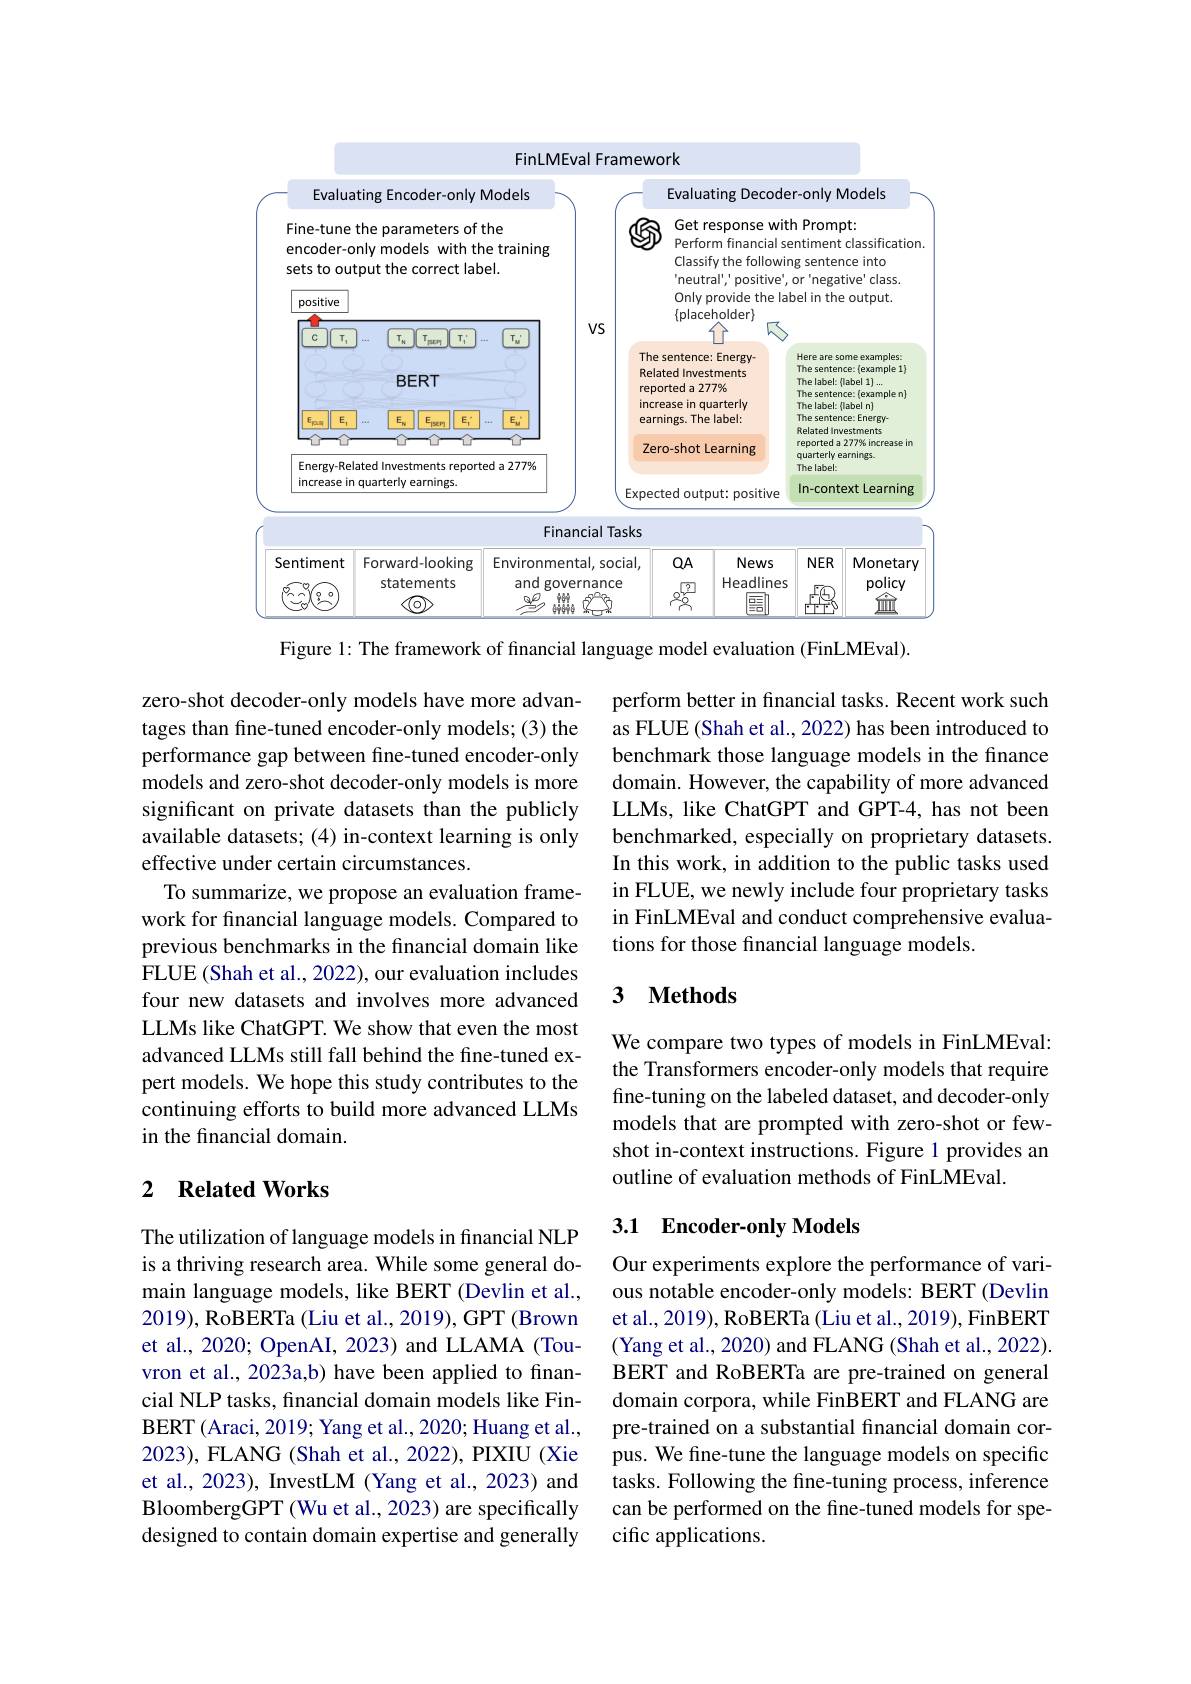
<FigureHere>
Figure 1: The framework of financial language model evaluation (FinLMEval).

zero-shot decoder-only models have more advantages than fine-tuned encoder-only models; (3) the performance gap between fine-tuned encoder-only models and zero-shot decoder-only models is more significant on private datasets than the publicly available datasets; (4) in-context learning is only effective under certain circumstances.
To summarize, we propose an evaluation framework for financial language models. Compared to previous benchmarks in the financial domain like FLUE (Shah et al., 2022), our evaluation includes four new datasets and involves more advanced LLMs like ChatGPT. We show that even the most advanced LLMs still fall behind the fine-tuned expert models. We hope this study contributes to the continuing efforts to build more advanced LLMs in the financial domain.

### 2 $\textbf{Related Works}$

The utilization of language models in financial NLP is a thriving research area. While some general domain language models, like BERT (Devlin et al., 2019), RoBERTa (Liu et al., 2019), GPT (Brown et al., 2020; OpenAI, 2023) and LLAMA (Touvron et al., 2023a,b) have been applied to financial NLP tasks, financial domain models like FinBERT (Araci, 2019; Yang et al., 2020; Huang et al., 2023), FLANG (Shah et al., 2022), PIXIU (Xie et al., 2023), InvestLM (Yang et al., 2023) and BloombergGPT (Wu et al., 2023) are specifically designed to contain domain expertise and generally

perform better in financial tasks. Recent work such as FLUE (Shah et al., 2022) has been introduced to benchmark those language models in the finance domain. However, the capability of more advanced LLMs, like ChatGPT and GPT-4, has not been benchmarked, especially on proprietary datasets. In this work, in addition to the public tasks used in FLUE, we newly include four proprietary tasks in FinLMEval and conduct comprehensive evaluations for those financial language models.

## 3 $\textbf{Methods}$

We compare two types of models in FinLMEval: the Transformers encoder-only models that require fine-tuning on the labeled dataset, and decoder-only models that are prompted with zero-shot or fewshot in-context instructions. Figure 1 provides an outline of evaluation methods of FinLMEval.

### 3.1 Encoder-only Models

Our experiments explore the performance of various notable encoder-only models: BERT (Devlin et al., 2019), RoBERTa (Liu et al., 2019), FinBERT (Yang et al., 2020) and FLANG (Shah et al., 2022). BERT and RoBERTa are pre-trained on general domain corpora, while FinBERT and FLANG are pre-trained on a substantial financial domain corpus. We fine-tune the language models on specific tasks. Following the fine-tuning process, inference can be performed on the fine-tuned models for specific applications.